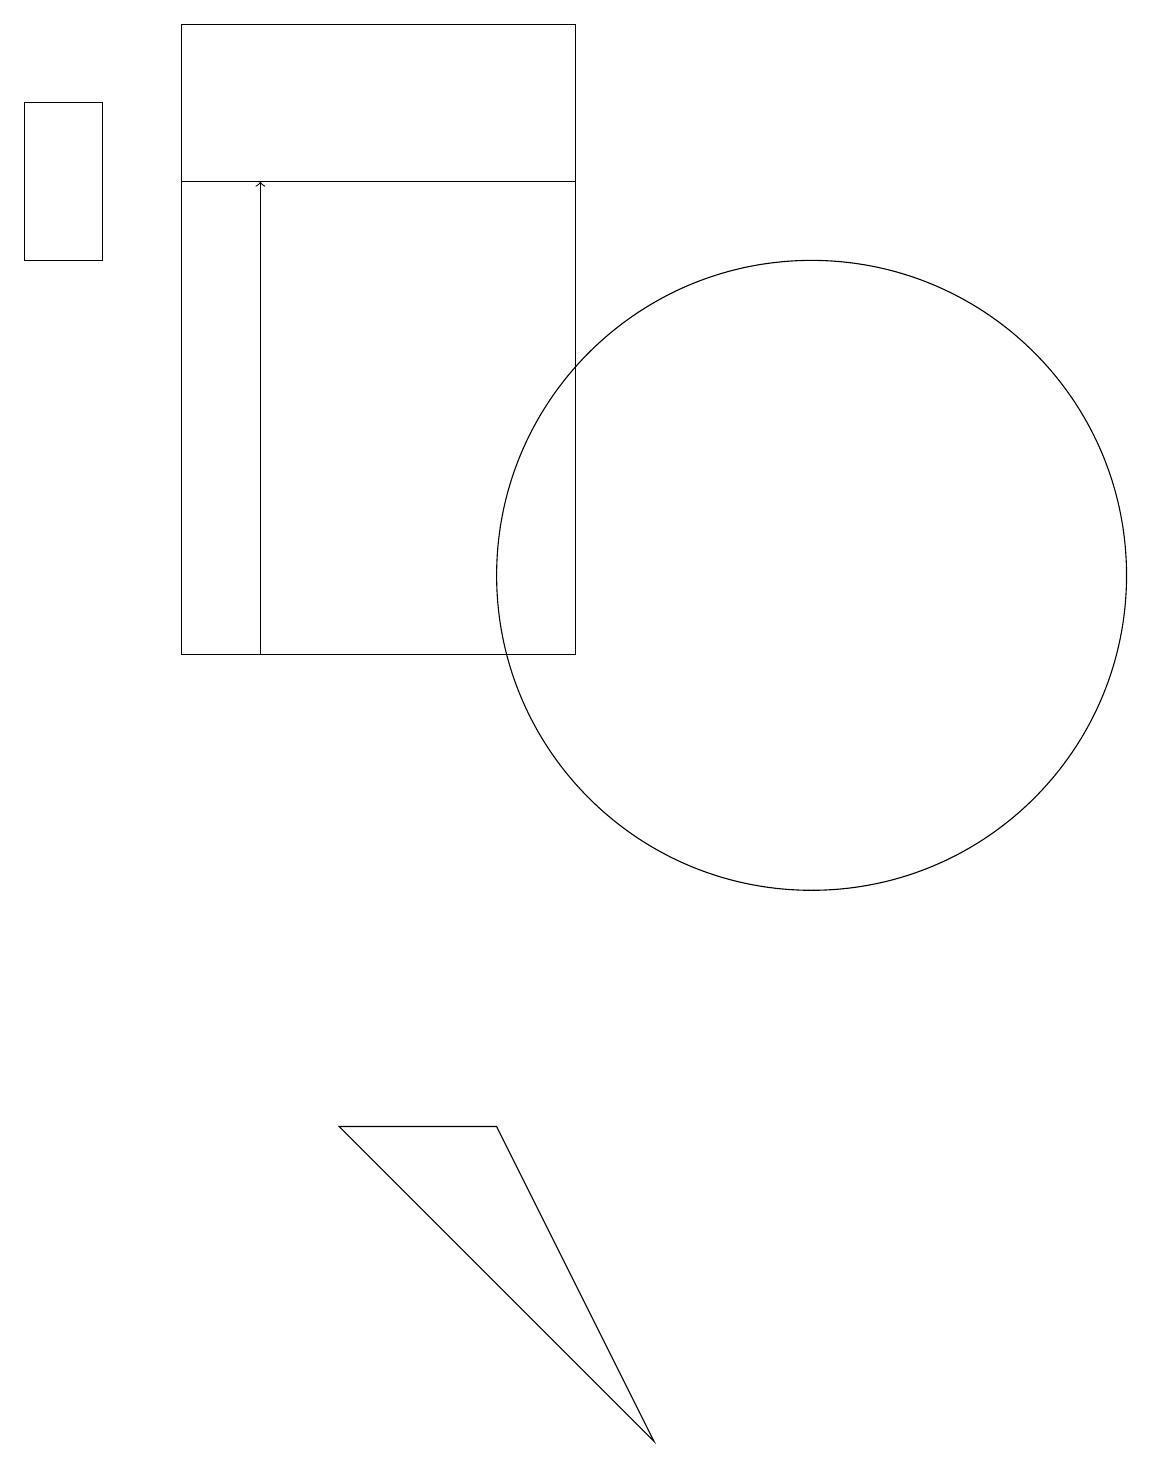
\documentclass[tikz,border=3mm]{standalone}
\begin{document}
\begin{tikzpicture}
\draw (11,12) circle (4);
\draw (8,11) rectangle (3,19);
\draw (8,17) rectangle (3,19);
\draw[->] (4,11) -- (4,17);
\draw (5,5) -- (9,1) -- (7,5) -- cycle;
\draw (2,18) rectangle (1,16);
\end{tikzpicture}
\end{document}